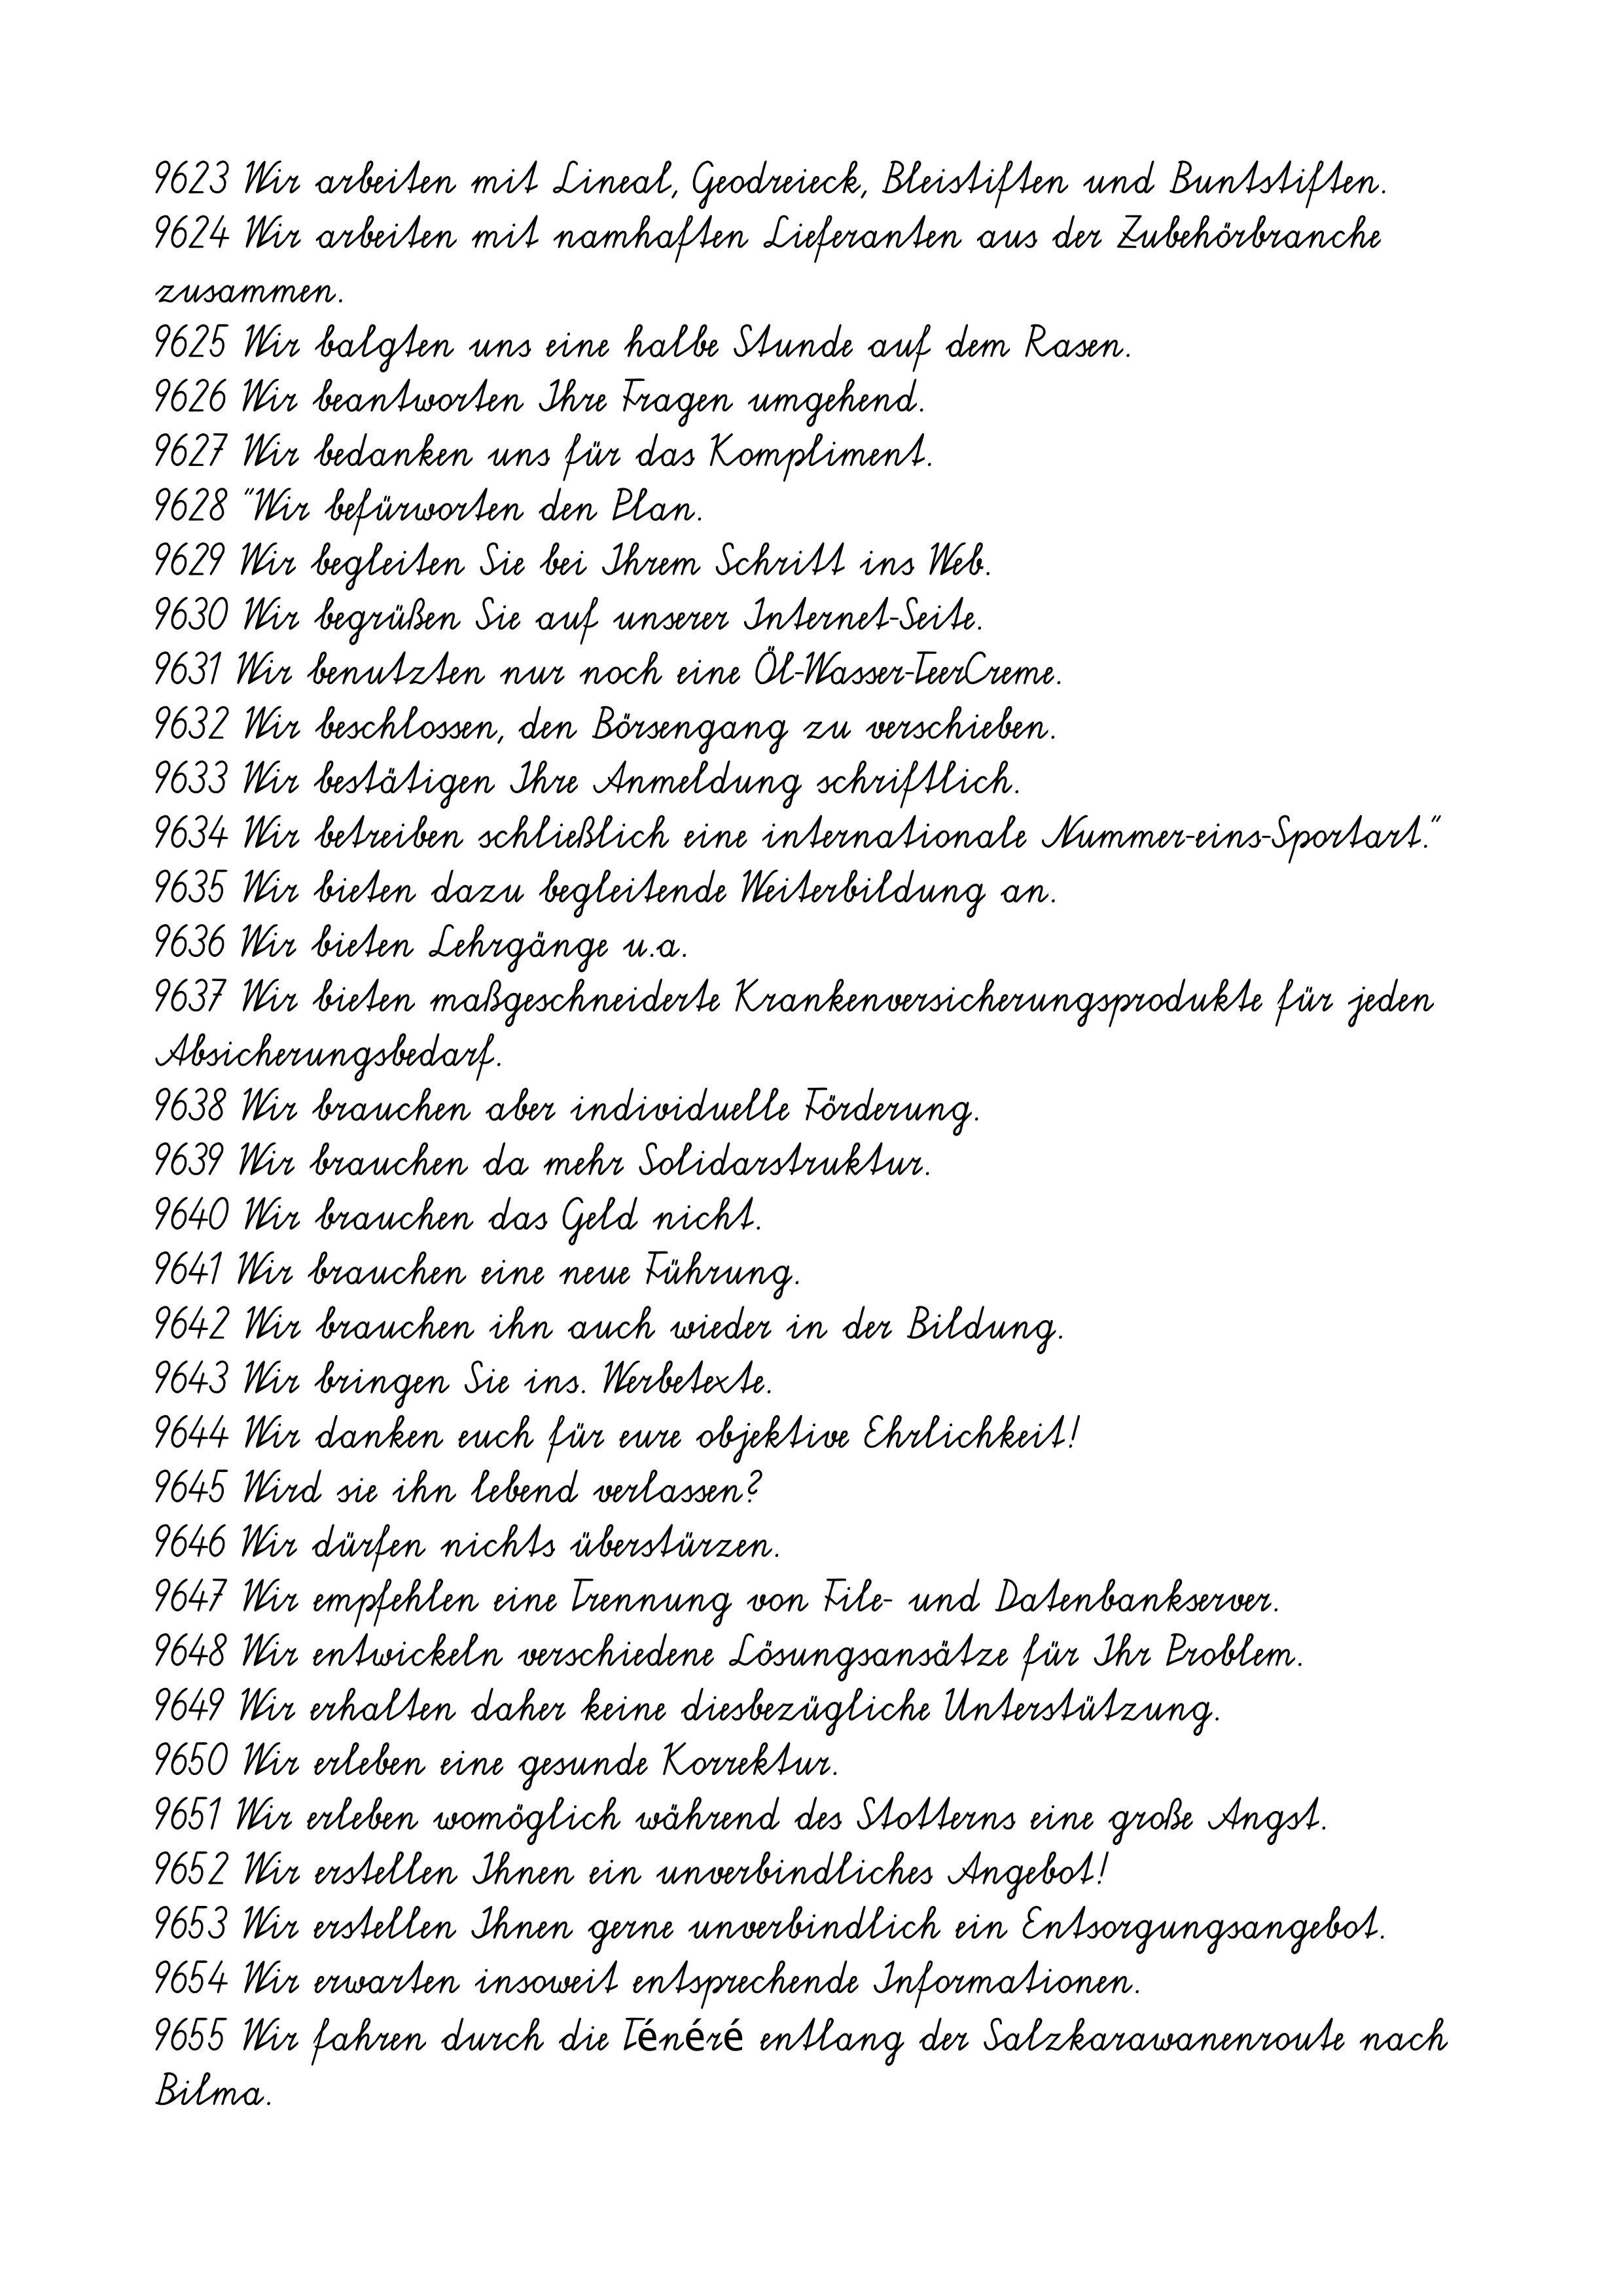
9623 Wir arbeiten mit Lineal, Geodreieck, Bleistiften und Buntstiften.
9624 Wir arbeiten mit namhaften Lieferanten aus der Zubehörbranche
zusammen.
9625 Wir balgten uns eine halbe Stunde auf dem Rasen.
9626 Wir beantworten Ihre Fragen umgehend.
9627 Wir bedanken uns für das Kompliment.
9628 "Wir befürworten den Plan.
9629 Wir begleiten Sie bei Ihrem Schritt ins Web.
9630 Wir begrüßen Sie auf unserer Internet-Seite.
9631 Wir benutzten nur noch eine Öl-Wasser-TeerCreme.
9632 Wir beschlossen, den Börsengang zu verschieben.
9633 Wir bestätigen Ihre Anmeldung schriftlich.
9634 Wir betreiben schließlich eine internationale Nummer-eins-Sportart."
9635 Wir bieten dazu begleitende Weiterbildung an.
9636 Wir bieten Lehrgänge u.a.
9637 Wir bieten maßgeschneiderte Krankenversicherungsprodukte für jeden
Absicherungsbedarf.
9638 Wir brauchen aber individuelle Förderung.
9639 Wir brauchen da mehr Solidarstruktur.
9640 Wir brauchen das Geld nicht.
9641 Wir brauchen eine neue Führung.
9642 Wir brauchen ihn auch wieder in der Bildung.
9643 Wir bringen Sie ins. Werbetexte.
9644 Wir danken euch für eure objektive Ehrlichkeit!
9645 Wird sie ihn lebend verlassen?
9646 Wir dürfen nichts überstürzen.
9647 Wir empfehlen eine Trennung von File- und Datenbankserver.
9648 Wir entwickeln verschiedene Lösungsansätze für Ihr Problem.
9649 Wir erhalten daher keine diesbezügliche Unterstützung.
9650 Wir erleben eine gesunde Korrektur.
9651 Wir erleben womöglich während des Stotterns eine große Angst.
9652 Wir erstellen Ihnen ein unverbindliches Angebot!
9653 Wir erstellen Ihnen gerne unverbindlich ein Entsorgungsangebot.
9654 Wir erwarten insoweit entsprechende Informationen.
9655 Wir fahren durch die Ténéré entlang der Salzkarawanenroute nach
Bilma.